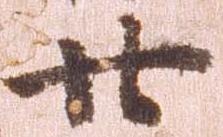
廿